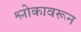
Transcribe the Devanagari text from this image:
श्लोकावरून